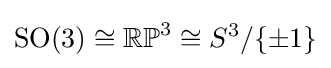
{\text{SO}}(3)\cong \mathbb {RP} ^{3}\cong S^{3}/\{\pm 1\}